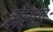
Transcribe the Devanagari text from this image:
नेरचा